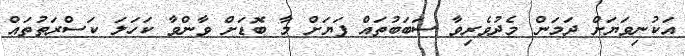
އަކުނިވަޔަށް ދަމަން މެދުވެރިވާ ސަބަބުތައް ފަޔަށް މާ ބޮޑަށް ވާންވާ ކަހަލަ ކަސްރަތުތައް